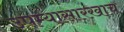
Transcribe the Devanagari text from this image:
उपम्यासारखाच